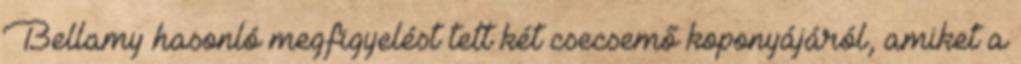
Bellamy hasonló megfigyelést tett két csecsemő koponyájáról, amiket a